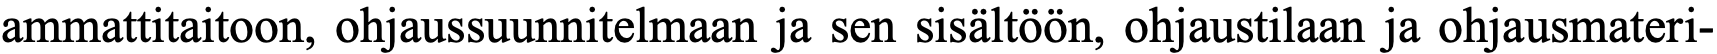
ammattitaitoon, ohjaussuunnitelmaan ja sen sisältöön, ohjaustilaan ja ohjausmateri-